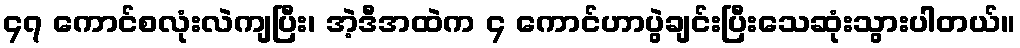
၄၇ ကောင်စလုံးလဲကျပြီး၊ အဲ့ဒီအထဲက ၄ ကောင်ဟာပွဲချင်းပြီးသေဆုံးသွားပါတယ်။